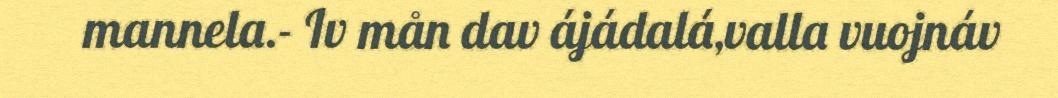
mannela.- Iv mån dav ájádalá,valla vuojnáv